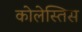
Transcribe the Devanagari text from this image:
कोलेस्तिस